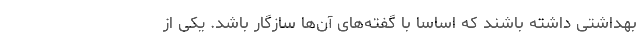
بهداشتی داشته باشند که اساساً با گفته‌های آن‌ها سازگار باشد. یکی از